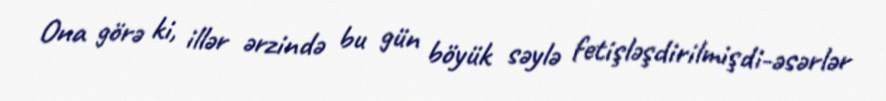
Ona görə ki, illər ərzində bu gün böyük səylə fetişləşdirilmişdi-əsərlər